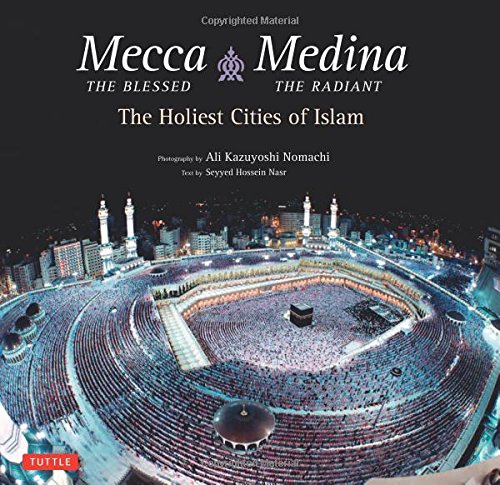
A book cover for Mecca the Blessed, Medina the Radiant: The Holiest Cities of Islam; Seyyed Hossein Nasr Ph.D.; Religion & Spirituality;